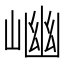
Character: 𡺖